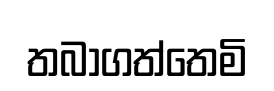
තබාගත්තෙමි